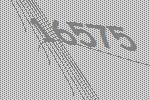
16575